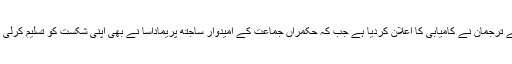
تاحال سرکاری سطح پر انتخابات کے نتائج کا اعلان نہیں کیا گیا ہے لیکن گوتا بایا راج پکشے کے ترجمان نے کامیابی کا اعلان کردیا ہے جب کہ حکمراں جماعت کے امیدوار ساجتھ پریماداسا نے بھی اپنی شکست کو تسلیم کرلی ہے اور حریف امیدوار کو مبارکباد پیش کرتے ہوئے کہا کہ عوام کے فیصلے کا احترام کرتا ہوں۔